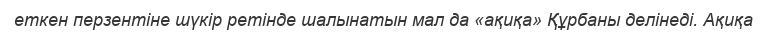
еткен перзентіне шүкір ретінде шалынатын мал да «ақиқа» Құрбаны делінеді. Ақиқа